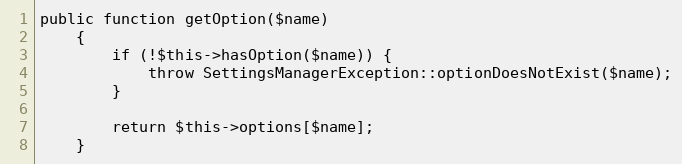
Language: PHP
public function getOption($name)
    {
        if (!$this->hasOption($name)) {
            throw SettingsManagerException::optionDoesNotExist($name);
        }

        return $this->options[$name];
    }